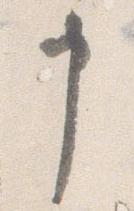
申